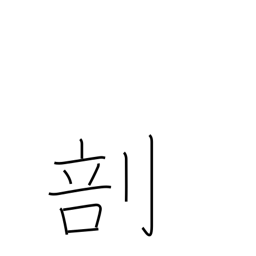
Meaning: divide